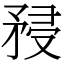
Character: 𥍯